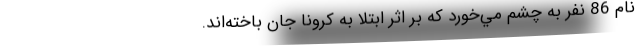
نام 86 نفر به چشم مي‌خورد كه بر اثر ابتلا به كرونا جان باخته‌اند.